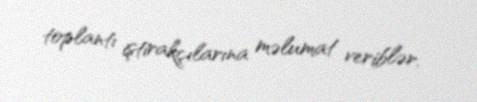
toplantı iştirakçılarına məlumat veriblər.